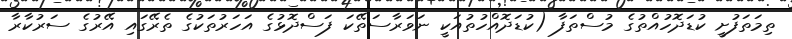
ތިމަތަފުށީ ކުޑަދޮހުއްތުގެ މުސްތަފާ (ކުޑަދޮއްހުތުއަކީ ނަވަރާސަތޭކަ ފަސްދޮޅުގެ އަހަރުތަކުގެ ތެރޭގައި އޭރުގެ ސަރުކާރާ